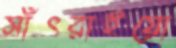
সাঁৎরাইয়ো